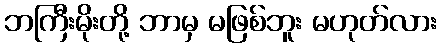
ဘကြီးမိုးတို့ ဘာမှ မဖြစ်ဘူး မဟုတ်လား